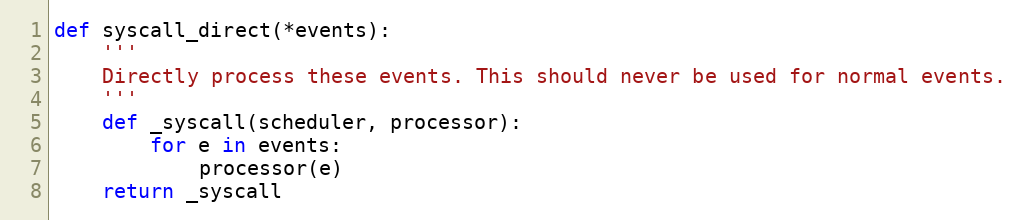
Language: Python
def syscall_direct(*events):
    '''
    Directly process these events. This should never be used for normal events.
    '''
    def _syscall(scheduler, processor):
        for e in events:
            processor(e)
    return _syscall